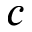
c